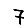
Digit: 7